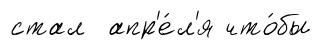
стал апр'е́л'я что́бы